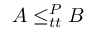
A \leq _ { t t } ^ { P } B